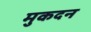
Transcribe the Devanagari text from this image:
मुकदन